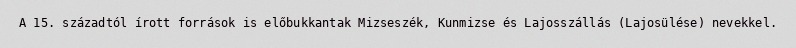
A 15. századtól írott források is előbukkantak Mizseszék, Kunmizse és Lajosszállás (Lajosülése) nevekkel.